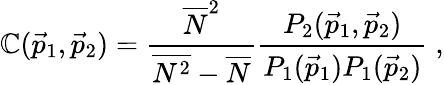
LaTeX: \mathbb{C}({\vec{{p}}}_{1},{\vec{{p}}}_{2})=\frac{{\overline{{{{N}}}}^{2}}}{{\overline{{{{N^{2}}}}}-\overline{{{{N}}}}}}\frac{{P_{2}({\vec{{p}}}_{1},{\vec{{p}}}_{2})}}{{P_{1}({\vec{{p}}}_{1})P_{1}({\vec{{p}}}_{2})}}\; ,